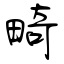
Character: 畸